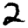
Digit: 2